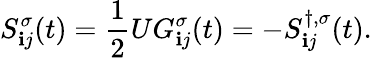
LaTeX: S_{\mathbf{i}j}^{\sigma}(t)=\frac{{1}}{{2}}UG_{\mathbf{i}j}^{\sigma}(t)=-S_{\mathbf{i}j}^{\dagger,\sigma}(t).